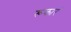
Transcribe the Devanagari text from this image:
रूकारं